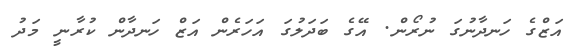
އަޒްގެ ހަނދާނުގަ ނުރޯން. އޭގެ ބަދަލުގަ އަހަރެން އަޒް ހަނދާން ކުރާނީ މަދު